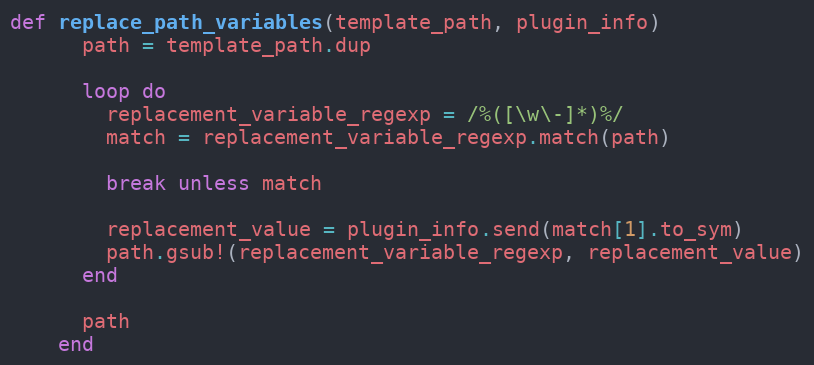
Language: Ruby
def replace_path_variables(template_path, plugin_info)
      path = template_path.dup

      loop do
        replacement_variable_regexp = /%([\w\-]*)%/
        match = replacement_variable_regexp.match(path)

        break unless match

        replacement_value = plugin_info.send(match[1].to_sym)
        path.gsub!(replacement_variable_regexp, replacement_value)
      end

      path
    end